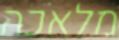
מלאכה